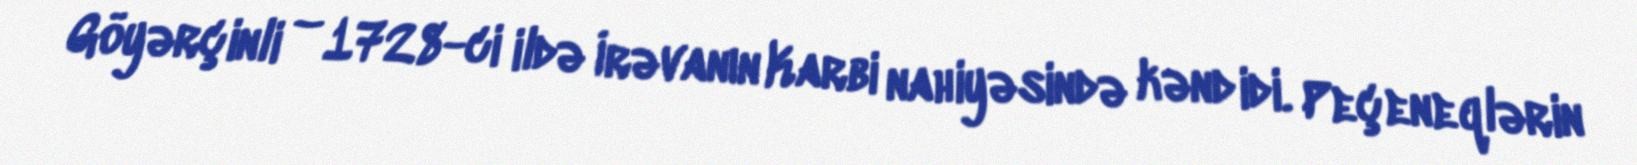
Göyərçinli – 1728-ci ildə İrəvanın Karbi nahiyəsində kənd idi. Peçeneqlərin